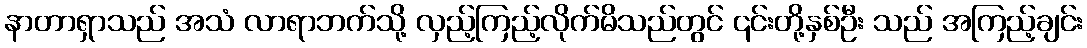
နာတာရှာသည် အသံ လာရာဘက်သို့ လှည့်ကြည့်လိုက်မိသည်တွင် ၎င်းတို့နှစ်ဦး သည် အကြည့်ချင်း